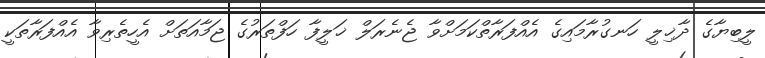
ލީބިޔާގެ ދާޚިލީ ހަނގުރާމައިގެ އެއްފަރާތްކަމަށްވާ ޖެނެރަލް ޚަލީފާ ހަފްތަރުގެ ޖަމާއަތަށް އެހީތެރިވާ އެއްފަރާތަކީ